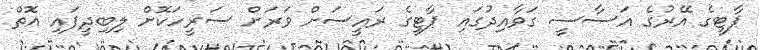
ޕާޓީގެ އޭރުގެ އަސާސީ ގަވާއިދުގައި ޕާޓީގެ ރައީސަށް ވަރަށް ސަރީހަކޮށް ލިބިދީފައި އޮތް